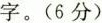
字。(6分)